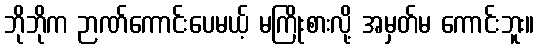
ဘိုဘိုက ဉာဏ်ကောင်းပေမယ့် မကြိုးစားလို့ အမှတ်မ ကောင်းဘူး။